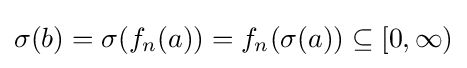
\sigma (b)=\sigma (f_{n}(a))=f_{n}(\sigma (a))\subseteq [0,\infty )